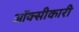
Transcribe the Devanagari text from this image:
ऑक्सीकारी